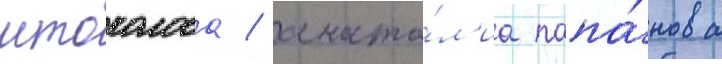
штоколова / анато́л'иа папа́нова